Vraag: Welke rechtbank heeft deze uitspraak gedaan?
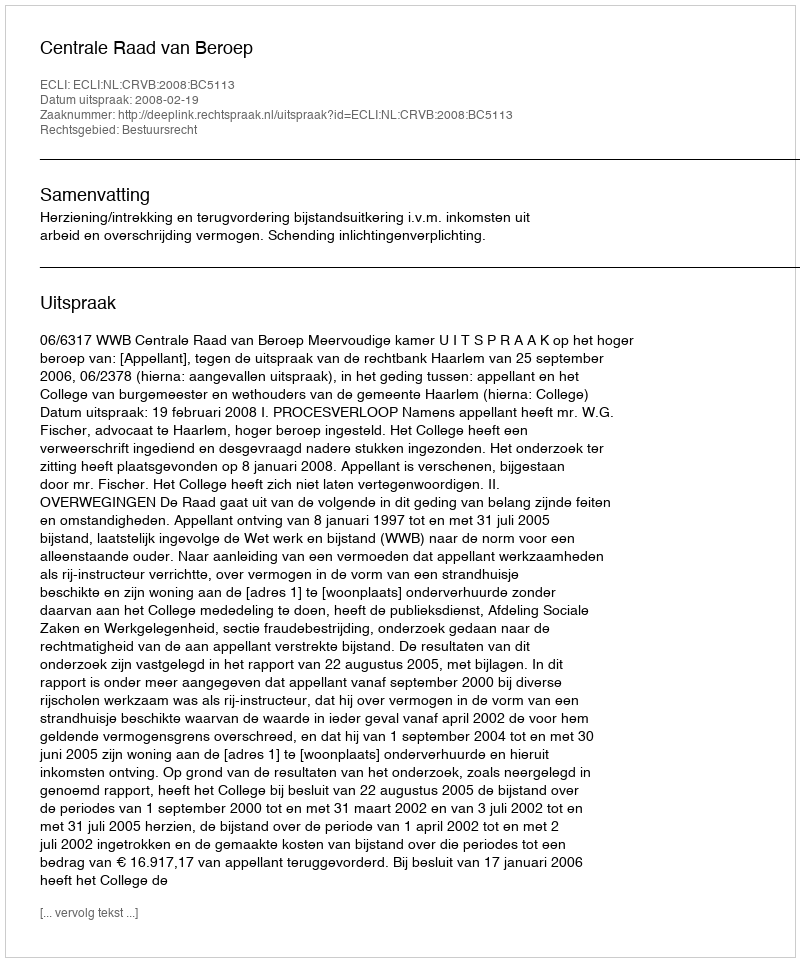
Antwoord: Centrale Raad van Beroep